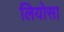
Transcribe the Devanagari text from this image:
लियोसा